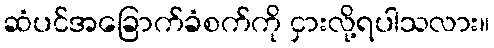
ဆံပင်အခြောက်ခံစက်ကို ငှားလို့ရပါသလား။